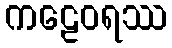
ကဠေဝရဿ